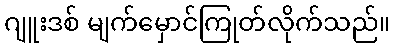
ဂျူးဒစ် မျက်မှောင်ကြုတ်လိုက်သည်။